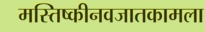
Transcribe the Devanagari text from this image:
मस्तिष्कीनवजातकामला